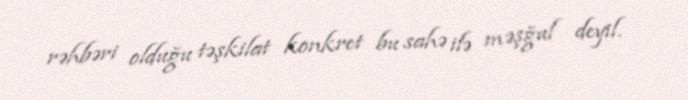
rəhbəri olduğu təşkilat konkret bu sahə ilə məşğul deyil.